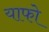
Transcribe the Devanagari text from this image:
याफो